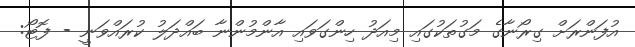
އުފަންރަށް ގިރޯނާގެ މަގުތަކުގައި މިއަދު ހިންގަވައި އާންމުންނާ ބައްދަލު ކުރައްވަނީ - ފޮޓޯ: